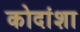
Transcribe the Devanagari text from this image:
कोदांशा